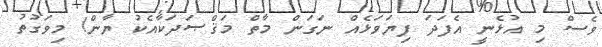
ވެސް މި އުޅެނީ އެފަދަ ފިޔަވަޅެއް ނަގަން މާތް މަޤްޞަދަކާއެކު ޔާން! މިވަގުތު